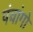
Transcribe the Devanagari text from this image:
पंचांगो